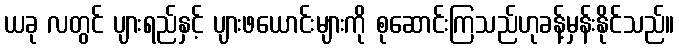
ယခု လတွင် ပျားရည်နှင့် ပျားဖယောင်းများကို စုဆောင်းကြသည်ဟုခန့်မှန်းနိုင်သည်။